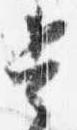
兵